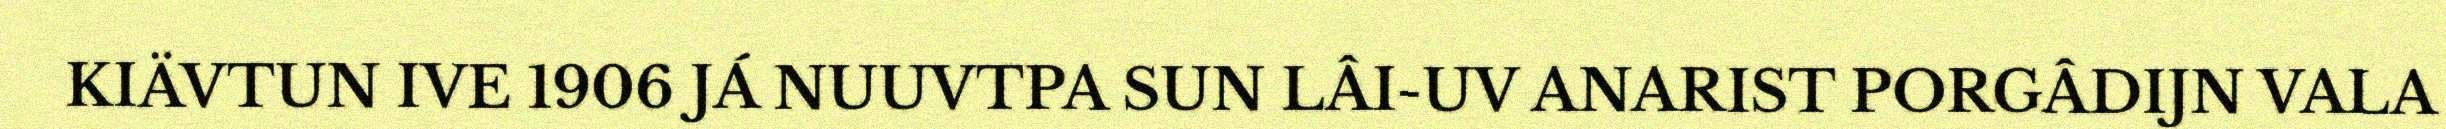
KIÄVTUN IVE 1906 JÁ NUUVTPA SUN LÂI-UV ANARIST PORGÂDIJN VALA